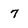
Character: 7